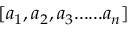
[ { a _ { 1 } } , { a _ { 2 } } , { a _ { 3 } } . . . . . . { a _ { n } } ]